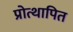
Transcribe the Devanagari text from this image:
प्रोत्थापित